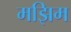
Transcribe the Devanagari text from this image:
मझिम